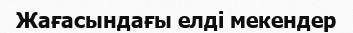
Жағасындағы елді мекендер